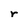
Character: r